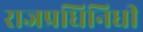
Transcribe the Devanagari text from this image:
राजप्रधिनिधी